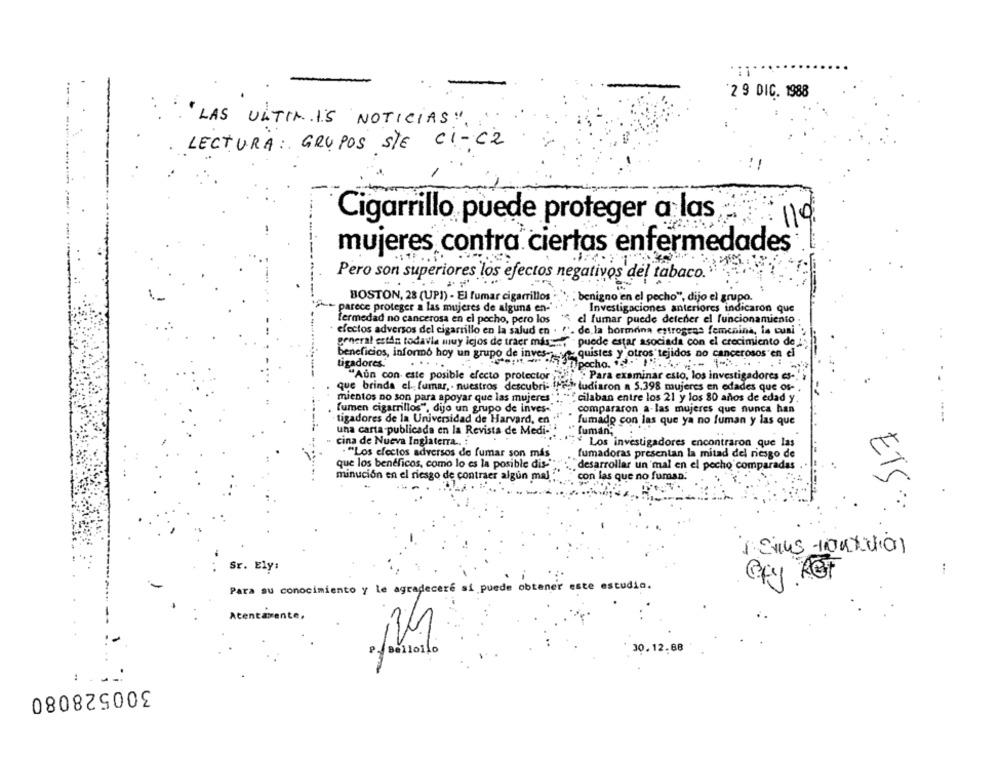
2 9 DIC. 1988
"LAS ULTIM.I.S NOTICIAS".
LECTURA : GRUPOS STE CI-C2
Cigarrillo puede proteger a las
119
mujeres contra ciertas enfermedades
Pero son superiores los efectos negativos del tabaco.
BOSTON, 28 (UP1) - El fumar cigarrillos
benigno en el pecho", dijo el grupo.
parece proteger a las mujeres de alguns en-
Investigaciones anteriores indicaron que
fermedad no cancerosa en el pocho, pero los
el fumar puede detener el funcionamiento
efectos adversos del cigarrillo en la salud en .
de la hormona estrogens femenina, la cuni
puede estar asociada con el crecimiento de
general están todavia muy icjos de traer mas -....
beneficios, informó hoy un grupo de inves -__ quistes y otros tejidos no cancerosos en el
tigadores."
pocho. ..
"Aun con este posible efecto protector
Para examinar esto, los investigadores es-"
que brinda el. fumar, - nuestros descubri: !!
ludiaron a 5.398 mujeres en edades que os-
mientos no son para apoyar que las mujeres
cilaban entre los 21 y los 80 años de edad y
fumen cigarrillos", dijo un grupo de inves-"
compararon a-las mujeres que nunca han
tigadores de la Universidad de Harvard, en
fumado con las que ya no fuman y las que
una carta publicada en la Revista de Medi-
fuman;
cina de Nueva Inglaterra .. :
Los investigadores encontraron que las
. "Los efectos adversos de fumar son más
fumadoras presentan la mitad del riesgo de
que los beneficos, como lo es la posible dis-"
desarrollar un'mal en el pocho comparadas
minución en el riesgo de contraer algun mal
con las que no fuman.
ETS:
Sr. Ely:
Ofy Ret
Para su conocimiento y le agradeceré si puede obtener este estudio.
Atentamente,
30.12.88
300528080